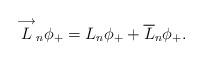
LaTeX: \begin{gather*}\overset{\longrightarrow}{L}_n\phi_+=L_n\phi_+ +\overline{L}_n\phi_+.\end{gather*}